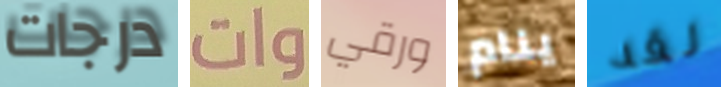
درجات وات ورقي ينام لقد